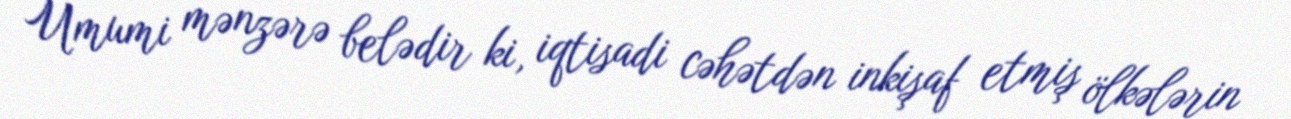
Ümumi mənzərə belədir ki, iqtisadi cəhətdən inkişaf etmiş ölkələrin